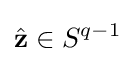
{\hat {\mathbf {z} }}\in S^{q-1}